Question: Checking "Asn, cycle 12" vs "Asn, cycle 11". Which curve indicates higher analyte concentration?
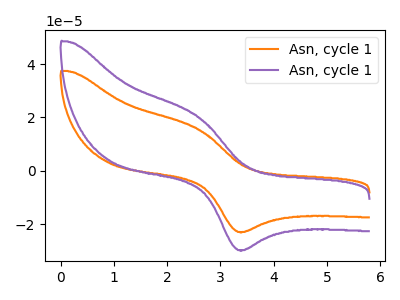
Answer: <think>The orange curve "Asn, cycle 11" has an anodic peak at (2.60V, 15.55uA) and a cathodic peak at (3.40V, -22.90uA). The purple curve "Asn, cycle 12" has an anodic peak at (2.60V, 20.15uA) and a cathodic peak at (3.40V, -29.70uA).
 All the peaks in "Asn, cycle 12" have a peak in "Asn, cycle 11" at the same potential. Every peak in "Asn, cycle 12" is higher than every peak in "Asn, cycle 11".</think>
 <answer>"Asn, cycle 12" has more signal than "Asn, cycle 11" and so likely has a higher concentration.</answer>
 <eval>more_concentration</eval>